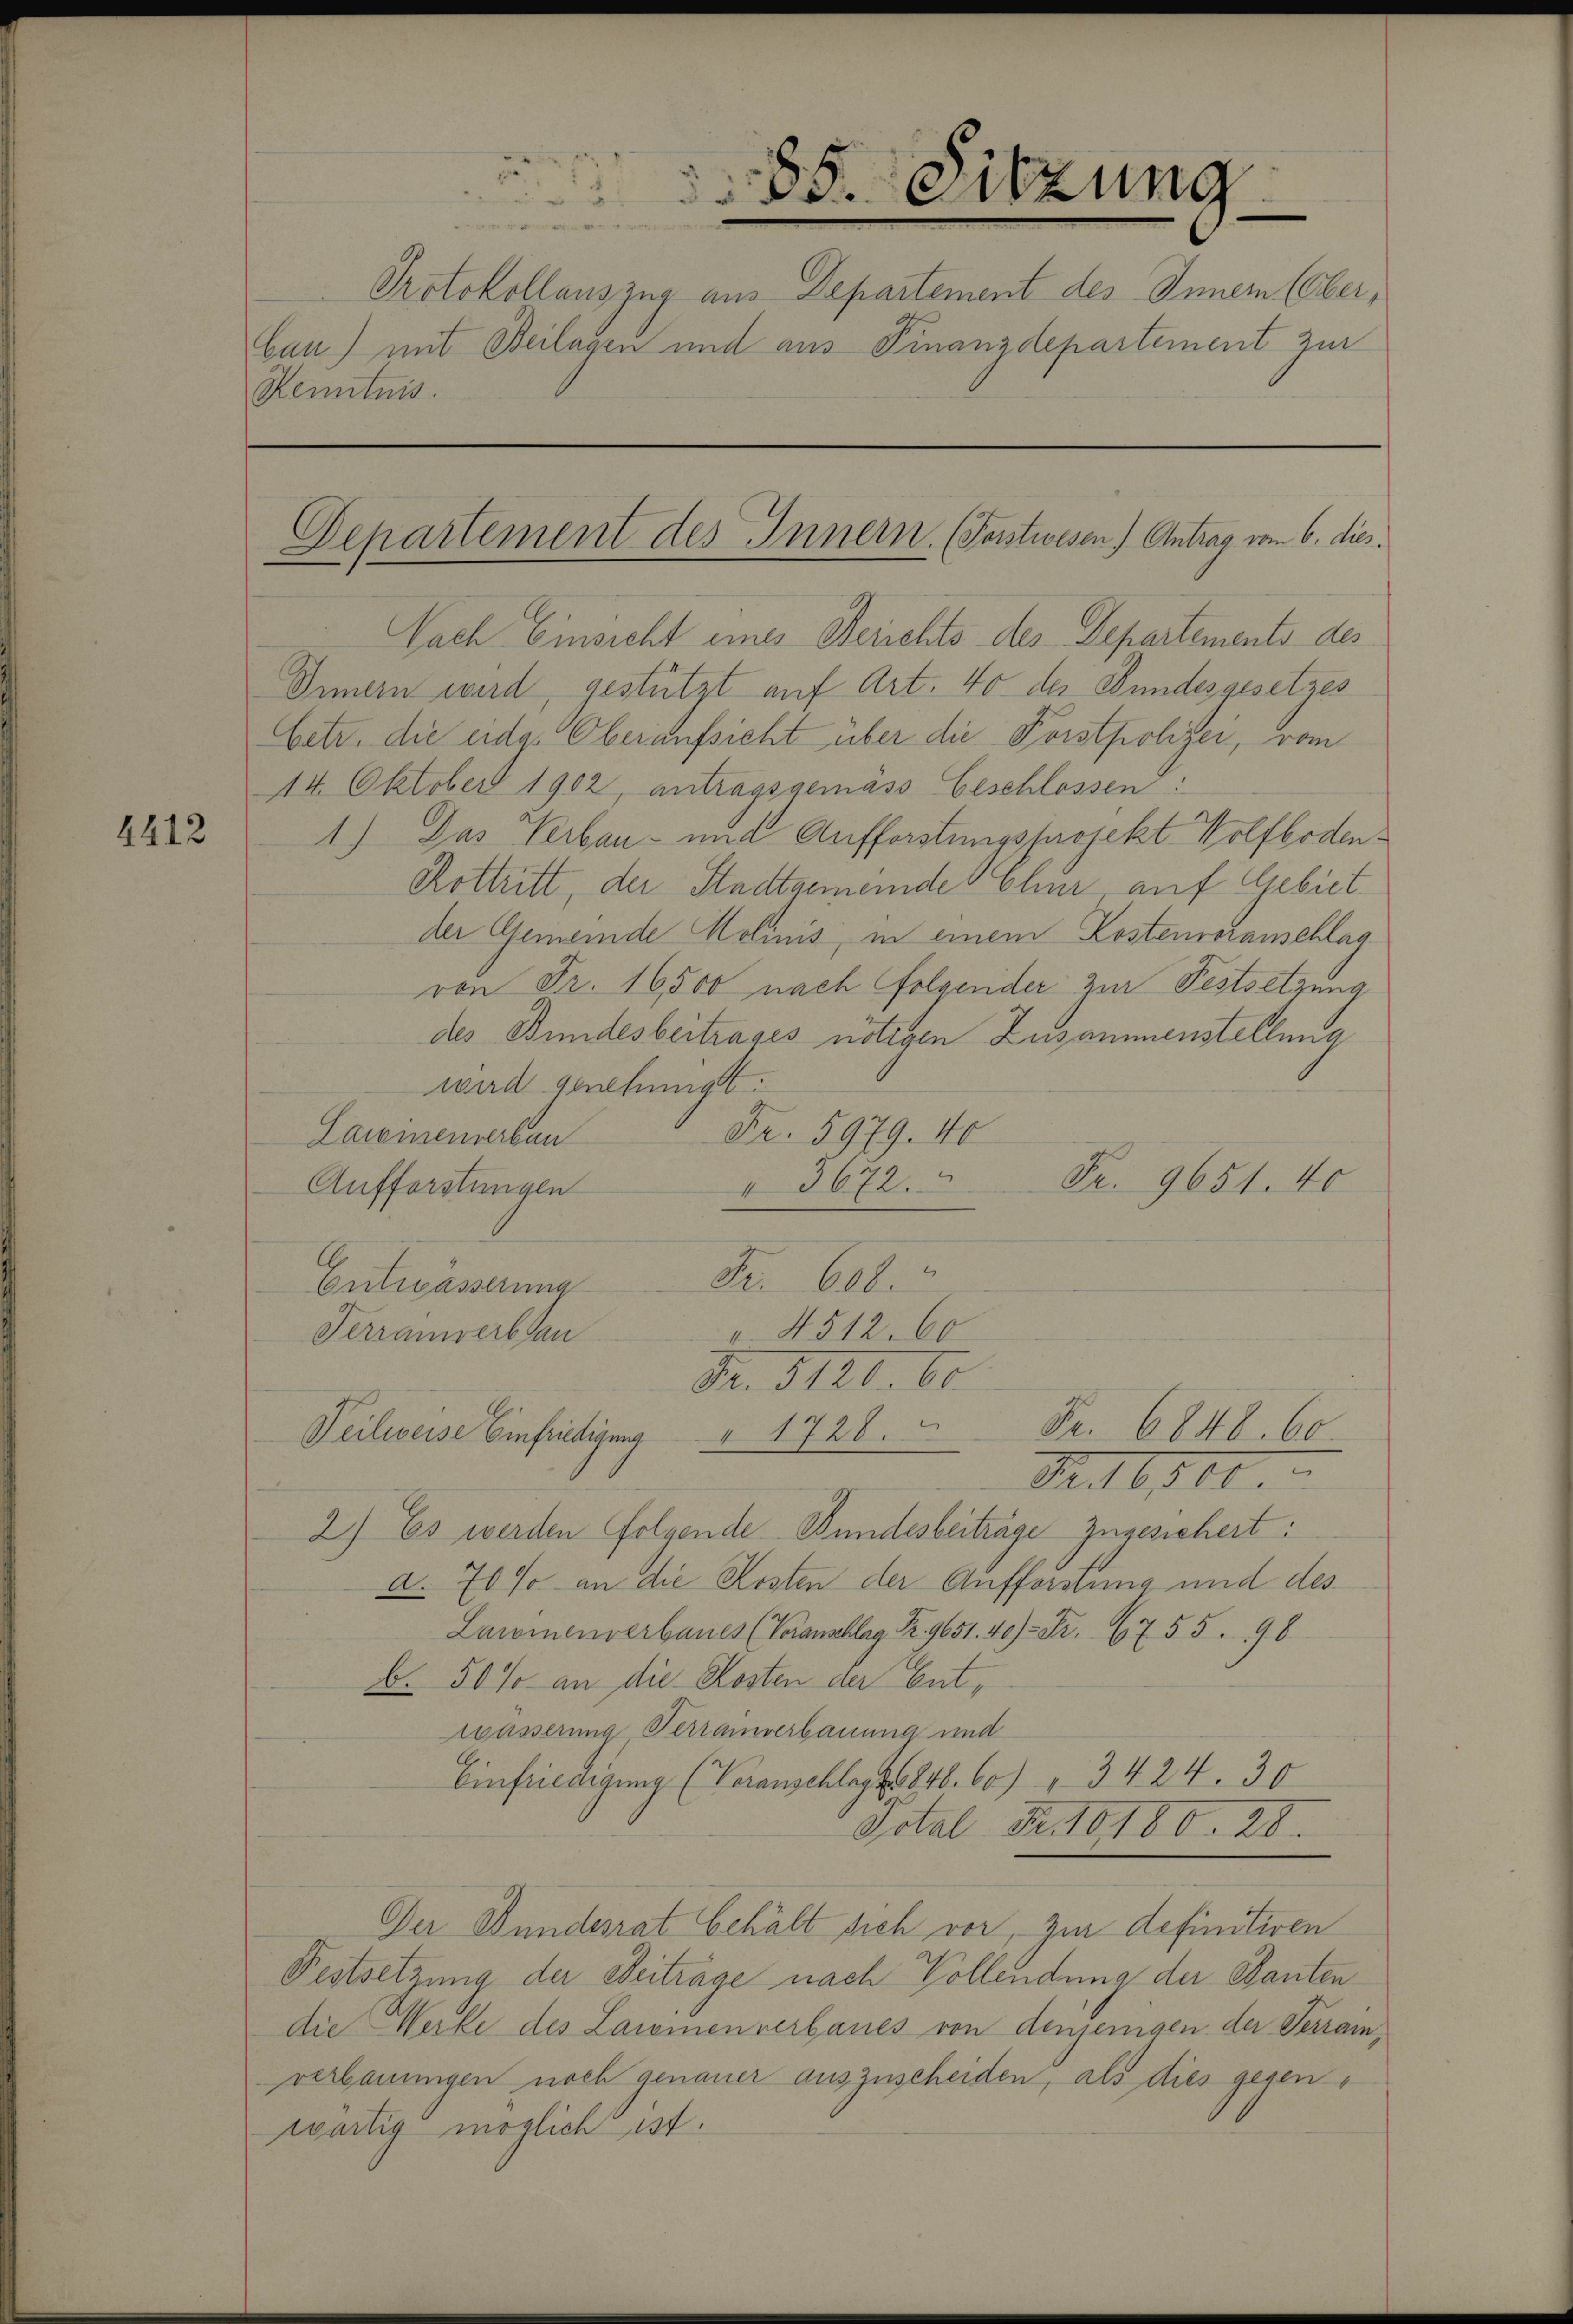
4412

2
85. Sitzung
Protokollauszug aus Departement des Innern (Ober¬
Cau) mit Beilagen und aus Finanzdepartement zur
Kenntnis.

Nach Einsicht eines Berichts des Departements des
Innern wird, gestützt auf Art. 40 der Bundesgesetzes
betr. die eidg. Oberaufsicht über die Forstpolizei, vom
14. Oktober 1902, antragsgemäss Geschlossen:
1.) Das Verbau- und Aufforstungsprojekt.- Wolfboden¬
Rottritt, der Stadtgemeinde Chur, auf Gebiet
der Gemeinde Molinis, in einem Kostenvoranschlag
von Fr. 16,500 nach folgender zur Festsetzung
des Bundesbeitrages nötigen Zusammenstellung
wird genehmigt.
Fr. 5979. 40
Lawinenverbau
Fr. 9651. 40
Aufforstungen
3672.
Fr. 608.
Entwässerung
v. 4512. 60
Terranverbau
Nr. 3120. 60
Veilweise Einfriedigung " 1728.  Fr. 6848. 60.
S. 16800.
2) Es werden folgende Bundesbeitrage zugesichert:
a. 70 % an die Kosten der Aufforstung und des
Lawinenverbaues (Veranschlag Fr. 9651. 40 Fr. 6755. 98
b. 50% an die Kosten der Entwässerung, Terramverbauung und
Einfriedigung (Veranschlags 1848. 60) " 34. 24. 30
Vital Fr. 10180. 28.
Der Bundesrat behält sich vor, zur definitiven
Festsetzung der Beiträge nach Vollendung der Banten
die Werke des Laiemen verbaues von denjenigen der Terrainverbauungen noch genauer auszuscheiden, als dies gesenwärtig möglich ist.

Departement des Innern. (Forstwesen) Antrag vom 6. dies